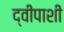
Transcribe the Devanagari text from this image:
द्वीपाशी